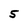
Character: 5